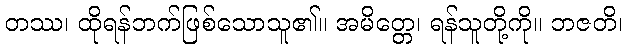
တဿ၊ ထိုရန်ဘက်ဖြစ်သောသူ၏။ အမိတ္တေ၊ ရန်သူတို့ကို။ ဘဇတိ၊